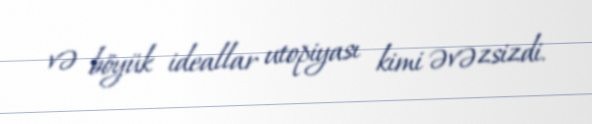
və böyük ideallar utopiyası kimi əvəzsizdi.